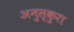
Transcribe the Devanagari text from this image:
अनुस्कुरा